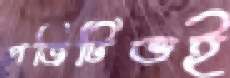
পজিটিভই